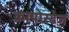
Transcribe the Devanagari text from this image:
क्रायोस्टेज